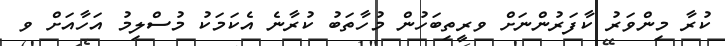
ކުރާ މިންވަރު ކާފަރުންނަށް ވރީތިބަހުން މުހާތަބު ކުރާނެ އެކަމަކު މުސްލިމު އަހާއަށް ވ